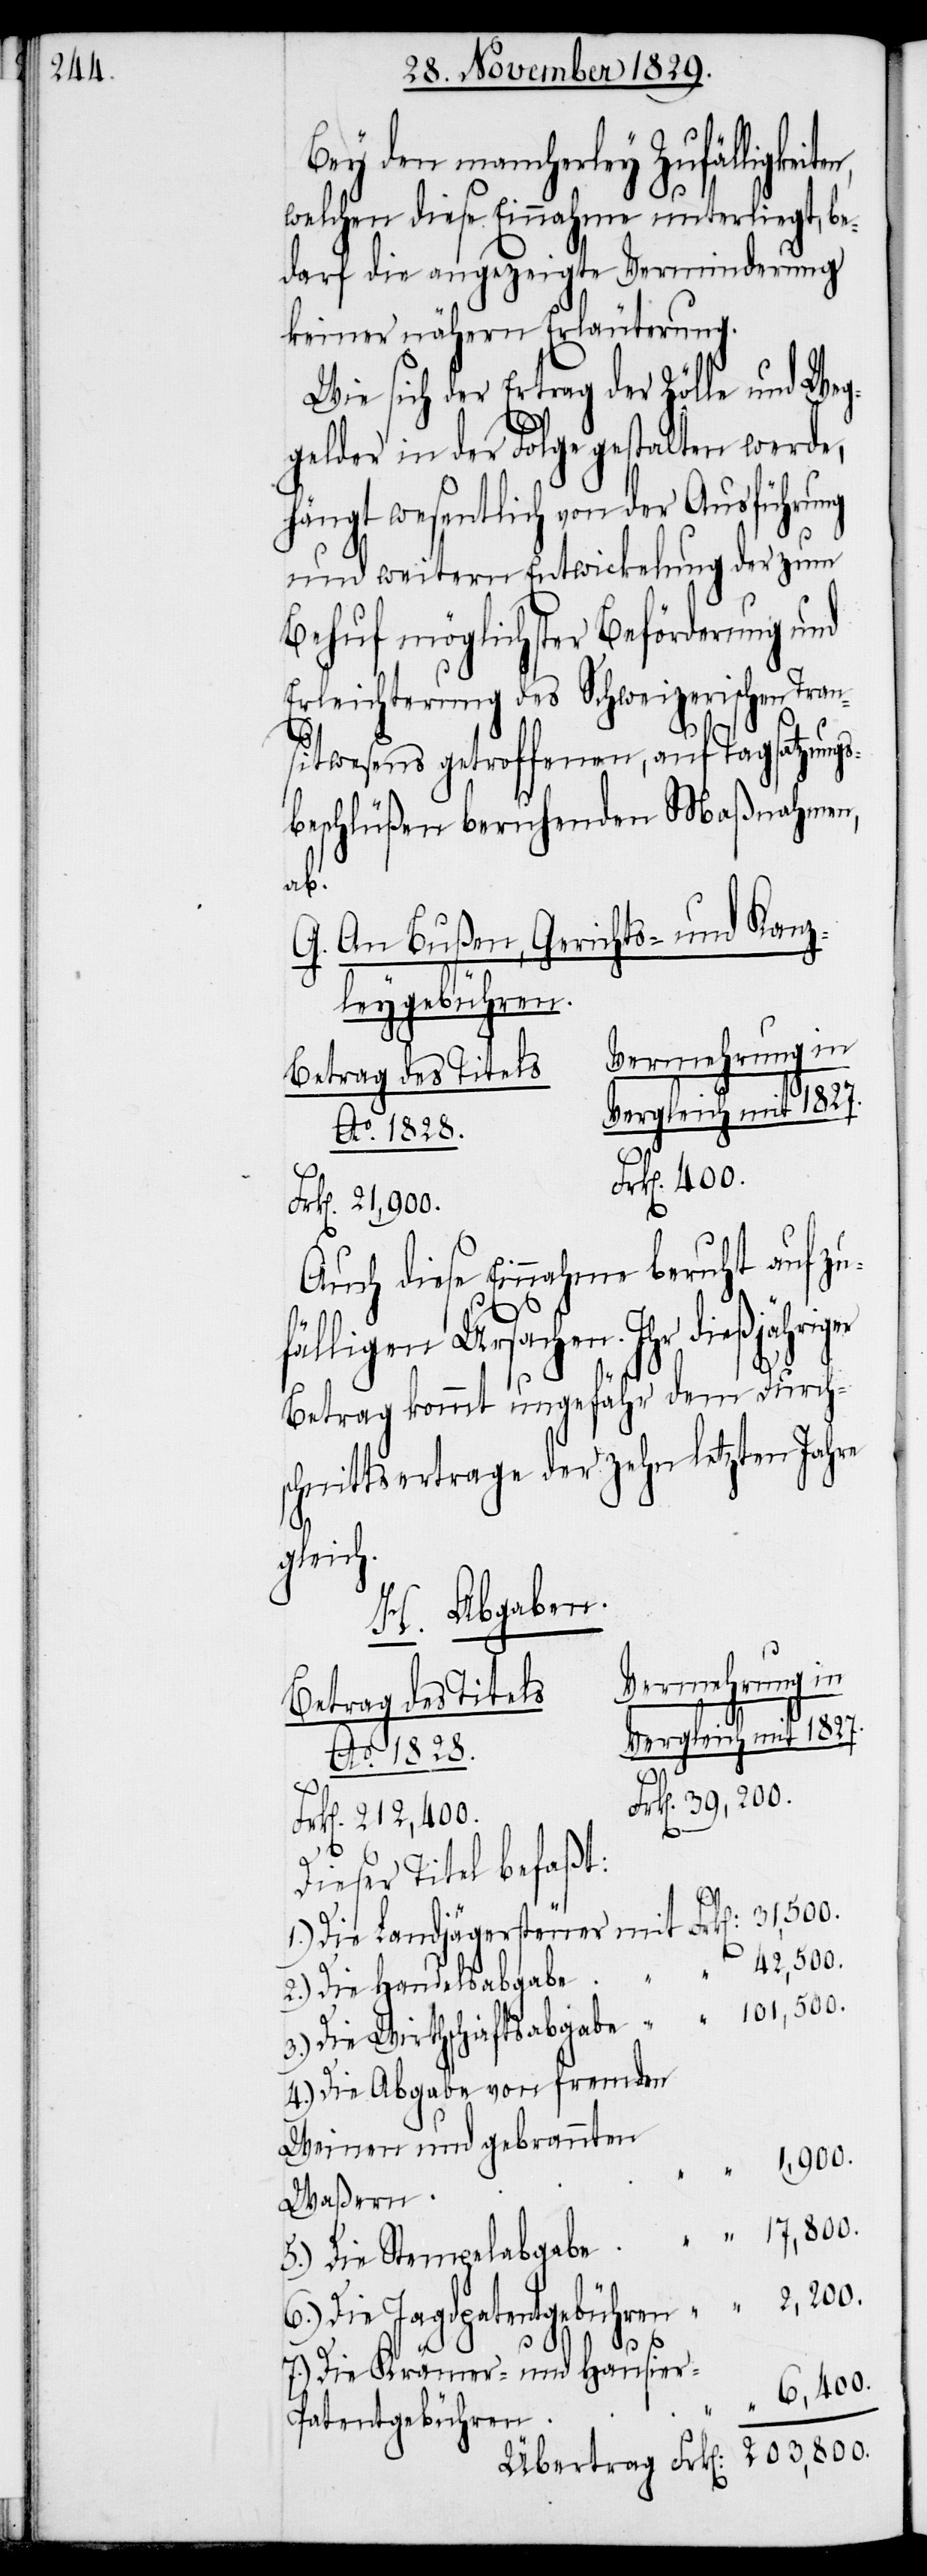
Bey den mancherley Zufälligkeit¬
welchen diese Einnahme unterliegt, be¬
darf die angezeigte Verminderung
keiner nähern Erläuterung.
Wie sich der Ertrag der Zölle und Weg¬
gelder in der Folge gestalten werde,
hängt wesentlich von der Ausführung
und weitern Entwicklung der zum
Behuf möglichster Beförderung und
Erleichterung des Schweizerischen Tran¬
sitwesens getroffenen, auf Tagsatzung¬
sbeschlüßen beruhenden Maßnahmen,
Fr¬
G. An Bußen, Gerichts- und Kanz¬
leygebühren.
Betrag des Titels.
mit 1827.
k[en]. 212,400.
Auch diese Einnahme beruht auf zu¬
fälligen Ursachen. Ihr dießjährig¬
Betrag kommt ungefähr dem Durch¬
schnittsertrage der zehn letzten Jahre
gleich
H. Abgaben
Vermehrung in
Frk[en]. 400.
Frk[en]. 39,200.
Dieser Titel befaßt:
42,500.
2.) Die Handelsabgabe
4.) Die Abgabe von fremden
Weinen und gebrannten
Waßern
5.) Die Stempelabgabe
6.) Die Jagdpatentgebühren
7.) Die Krämer- und Hausie¬
6,400.
r-Patentgebühren